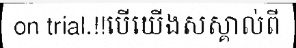
on trial.!!បើយើងសស្គាល់ពី